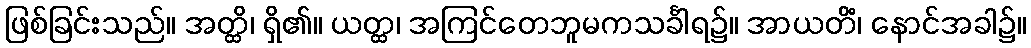
ဖြစ်ခြင်းသည်။ အတ္ထိ၊ ရှိ၏။ ယတ္ထ၊ အကြင်တေဘူမကသင်္ခါရ၌။ အာယတိံ၊ နောင်အခါ၌။